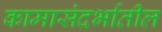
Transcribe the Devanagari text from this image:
कामासंदर्भातील